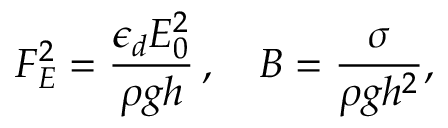
F _ { E } ^ { 2 } = \frac { \epsilon _ { d } E _ { 0 } ^ { 2 } } { \rho g h } \, , \quad B = \frac { \sigma } { \rho g h ^ { 2 } } ,